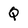
Character: Q